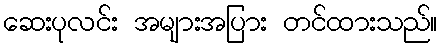
ဆေးပုလင်း အများအပြား တင်ထားသည်။